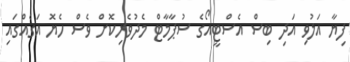
ފިޔާ އަލުވި އަދި ބިސް އެސްޓީއޯގެ ސުޕާމާޓް މެދުވެރިކޮށް ވެސް ހެޔޮ އަގެއްގައި